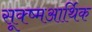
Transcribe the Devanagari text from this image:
सूक्ष्मआर्थिक